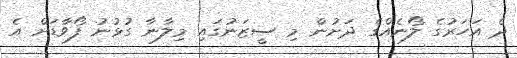
ދެ އަހަރުގެ ލޯނެއްގެ ދަށުން މި ސީޒަނުގައި މިލާނާ ގުޅުނު ފޯވާޑަށް އެ